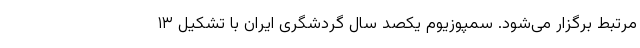
مرتبط برگزار می‌شود. سمپوزیوم یکصد سال گردشگری ایران با تشکیل ۱۳